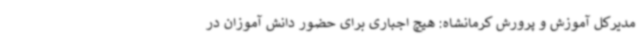
مدیرکل آموزش و پرورش کرمانشاه: هیچ اجباری برای حضور دانش آموزان در